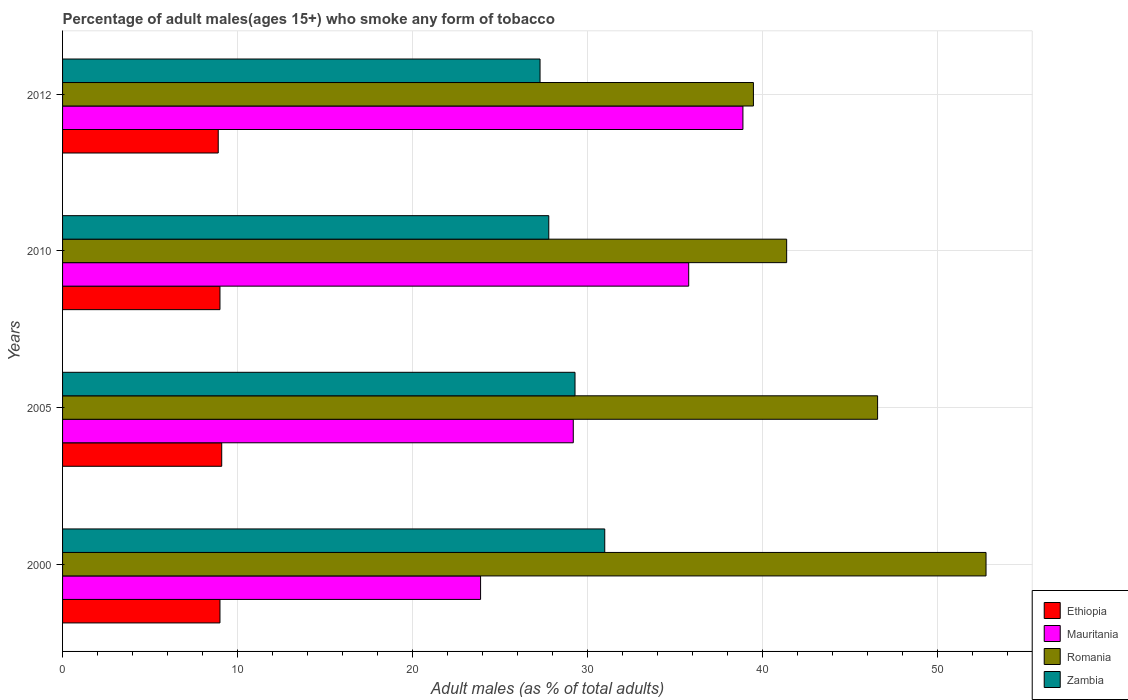
| Years | Ethiopia | Mauritania | Romania | Zambia |
 | --- | --- | --- | --- | --- |
 | 2000 | 9 | 23.9 | 52.8 | 31 |
 | 2005 | 9.1 | 29.2 | 46.6 | 29.3 |
 | 2010 | 9 | 35.8 | 41.4 | 27.8 |
 | 2012 | 8.9 | 38.9 | 39.5 | 27.3 |